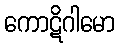
ကောဋိဂါမော